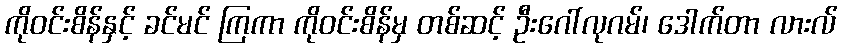
ကိုဝင်းစိန်နှင့် ခင်မင် ကြကာ ကိုဝင်းစိန်မှ တစ်ဆင့် ဦးဂေါ်လုဂမ်၊ ဒေါက်တာ လားလ်